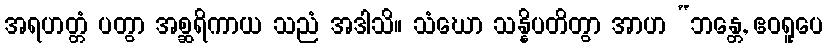
အရဟတ္တံ ပတွာ အစ္ဆရိကာယ သညံ အဒါသိ။ သံဃော သန္နိပတိတွာ အာဟ “ဘန္တေ, ဧဝရူပေ